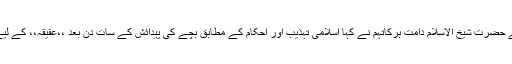
بچوں کے حوالے سے والدین کی ذمہ داریوں کے بارے میں بات کرتے ہوئے حضرت شیخ الاسلام دامت برکاتہم نے کہا اسلامی تہذیب اور احکام کے مطابق بچے کی پیدائش کے سات دن بعد ،،عقیقہ،، کے لیے ایک جانور ذبح کرنا چاہیے، اس کیلیے مناسب اور اچھا نام چن لینا چاہیے۔